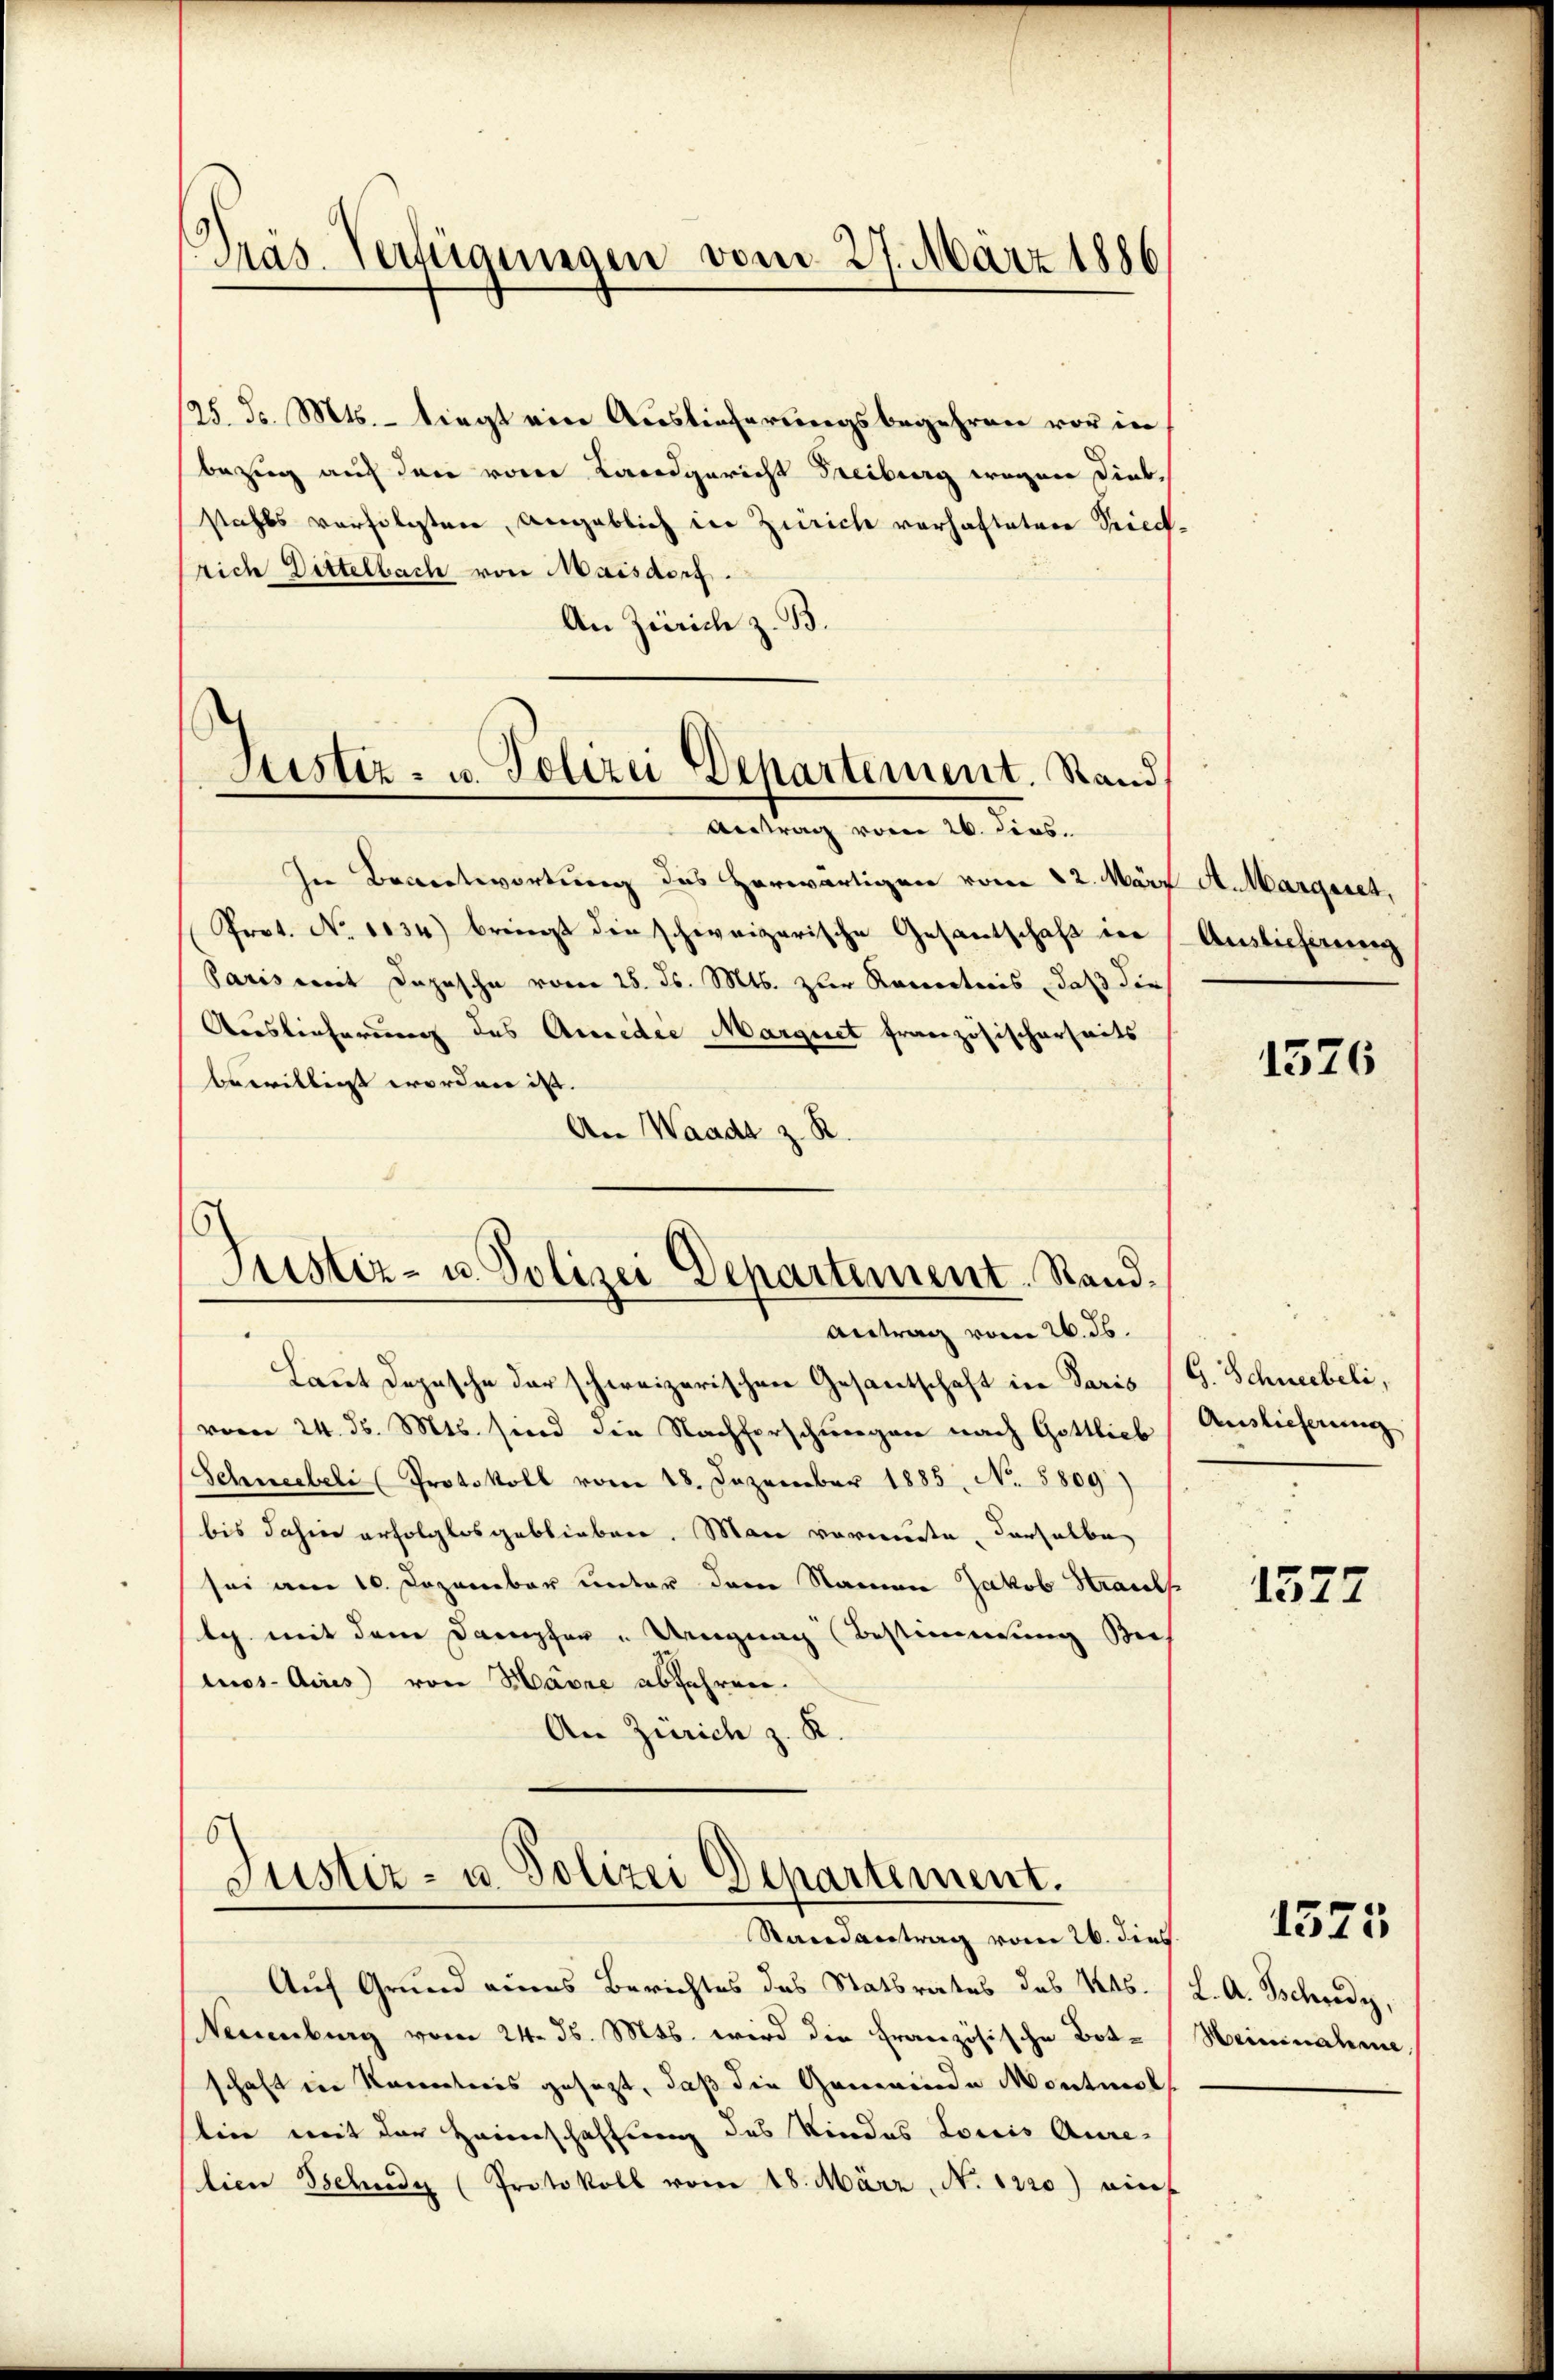
Präs. Verfügungen vom 27. März 1886

Justiz- u. Polizei Departement. Stand
Antrag vom 26. dies.

¬
Justiz- u. Polizei Departement. Rand¬

125. d. Mts. - liegt ein Auslieferungsbegehren vor in
bezug auf den von Landgericht Freiburg wegen Diebstahls verfolgten, angeblich in Zürich vorhafteten Priech.
rich Dittelbach von Maisdorf.
An Zürich z. B.
In Beantwortung des Herwärtigen vom 22. März
Prot. No 1034) bringt die schweizerische Gesantschaft in
Paris mit Depesche vom 28. Js. Mts. zur Rococtions, daß die
Auslieferung des Accidie Marquet französischerheits
bewilligt worden ist.
An Waadt z. R.
Antrag vom 26. ds.
Laut Depesche der schweizerischen Gesantschaft in Paris (G. Schneebeli,
vom 24. d. Mts. sind die Nachforschungen nach Gottlieb Auslieferung
Schneebeli (Protokoll vom 18. Dezember 1885, No. 5809)
bis dahin erfolglos geblieben. Man vermute, derselbe
sei am 10. Dezember unter dem Namen Jakob Straul
tg. mit dem Dampfer u Ungung Bestimmung Bee
nos-Aires von Havre abfahren.
An Zürich z. K.
b
Justiz- u. Polizei Departement.
Randantrag vom 26. dies
Auf Grund eines Berichtes des Statsrates des 146. / L. A. Schredy,
Neuenburg vom 24. d. Mts. wird die Französische Bote Heinnahme,
schaft in Kantonis gesezt, daß die Gemeinde Montmol
tien mit der Heimschaffung des Kindes Loris Anrelien Schedy (Protokoll vom 18. März, N. 1220) einf

A. Margaret,
Auslieferung

1576

1577

1575